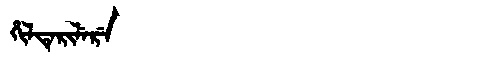
Manchu: ᡥᡳᠯᡨᡝᡵᡳᠯᡝᡵᡝ
Romanization: HILTERILERE